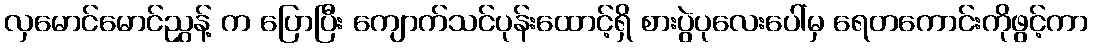
လှမောင်မောင်ညွှန့် က ပြောပြီး ကျောက်သင်ပုန်းထောင့်ရှိ စားပွဲပုလေးပေါ်မှ ရေတကောင်းကိုဖွင့်ကာ